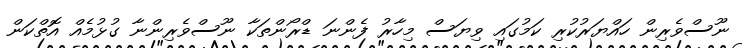
ނޫސްވެރިން ހައްޔަރުކުރި ކަމުގައި ވިޔަސް މިިހާރު ފެންނަ ޑްރޯންތަކާ ނޫސްވެރިންނާ ގުޅުމެއް އޮތްކަން